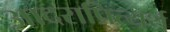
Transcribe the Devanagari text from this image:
आदराप्रित्यर्थ